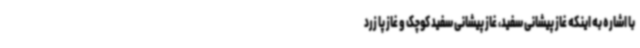
با اشاره به اینکه غاز پیشانی سفید، غاز پیشانی سفید کوچک و غاز پا زرد